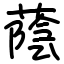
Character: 蔭